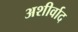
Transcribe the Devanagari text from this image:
अशीर्वाद